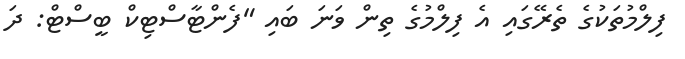
ފިލްމުތަކުގެ ތެރޭގައި އެ ފިލްމުގެ ތިން ވަނަ ބައި "ފެންޓާސްޓިކް ބީސްޓް: ދަ